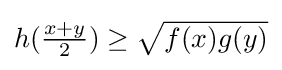
{\textstyle h({\frac {x+y}{2}})\geq {\sqrt {f(x)g(y)}}}